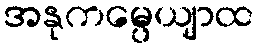
အနုကမ္ပေယျာထ